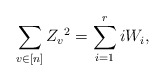
\begin{align*}\sum_{v\in[n]} {Z_v}^2 = \sum_{i=1}^r i W_i,\end{align*}